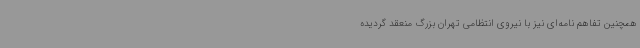
همچنین تفاهم نامه‌ای نیز با نیروی انتظامی تهران بزرگ منعقد گردیده